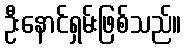
ဦးနောင်ရှမ်းဖြစ်သည်။